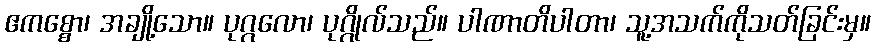
ဧကစ္စော၊ အချို့သော။ ပုဂ္ဂလော၊ ပုဂ္ဂိုလ်သည်။ ပါဏာတိပါတာ၊ သူ့အသက်ကိုသတ်ခြင်းမှ။